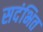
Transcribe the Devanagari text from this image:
सदंभित